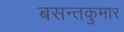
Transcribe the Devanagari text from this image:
बसन्तकुमार